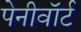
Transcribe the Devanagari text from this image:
पेनीवॉर्ट